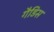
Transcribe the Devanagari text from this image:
गैडिस